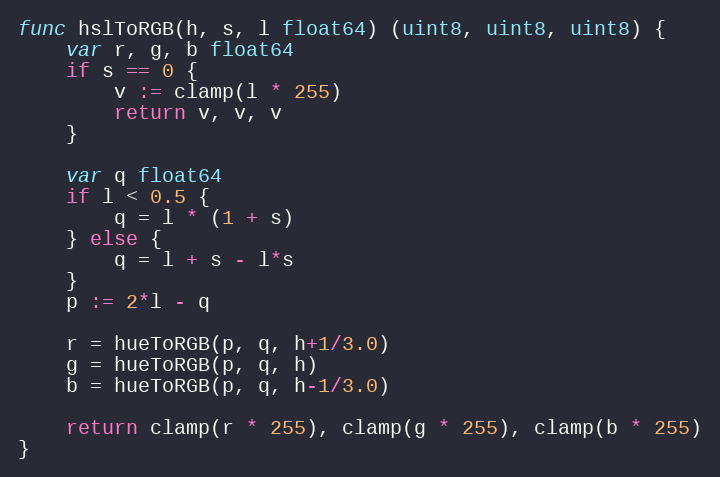
Language: Go
func hslToRGB(h, s, l float64) (uint8, uint8, uint8) {
	var r, g, b float64
	if s == 0 {
		v := clamp(l * 255)
		return v, v, v
	}

	var q float64
	if l < 0.5 {
		q = l * (1 + s)
	} else {
		q = l + s - l*s
	}
	p := 2*l - q

	r = hueToRGB(p, q, h+1/3.0)
	g = hueToRGB(p, q, h)
	b = hueToRGB(p, q, h-1/3.0)

	return clamp(r * 255), clamp(g * 255), clamp(b * 255)
}